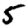
Digit: 5